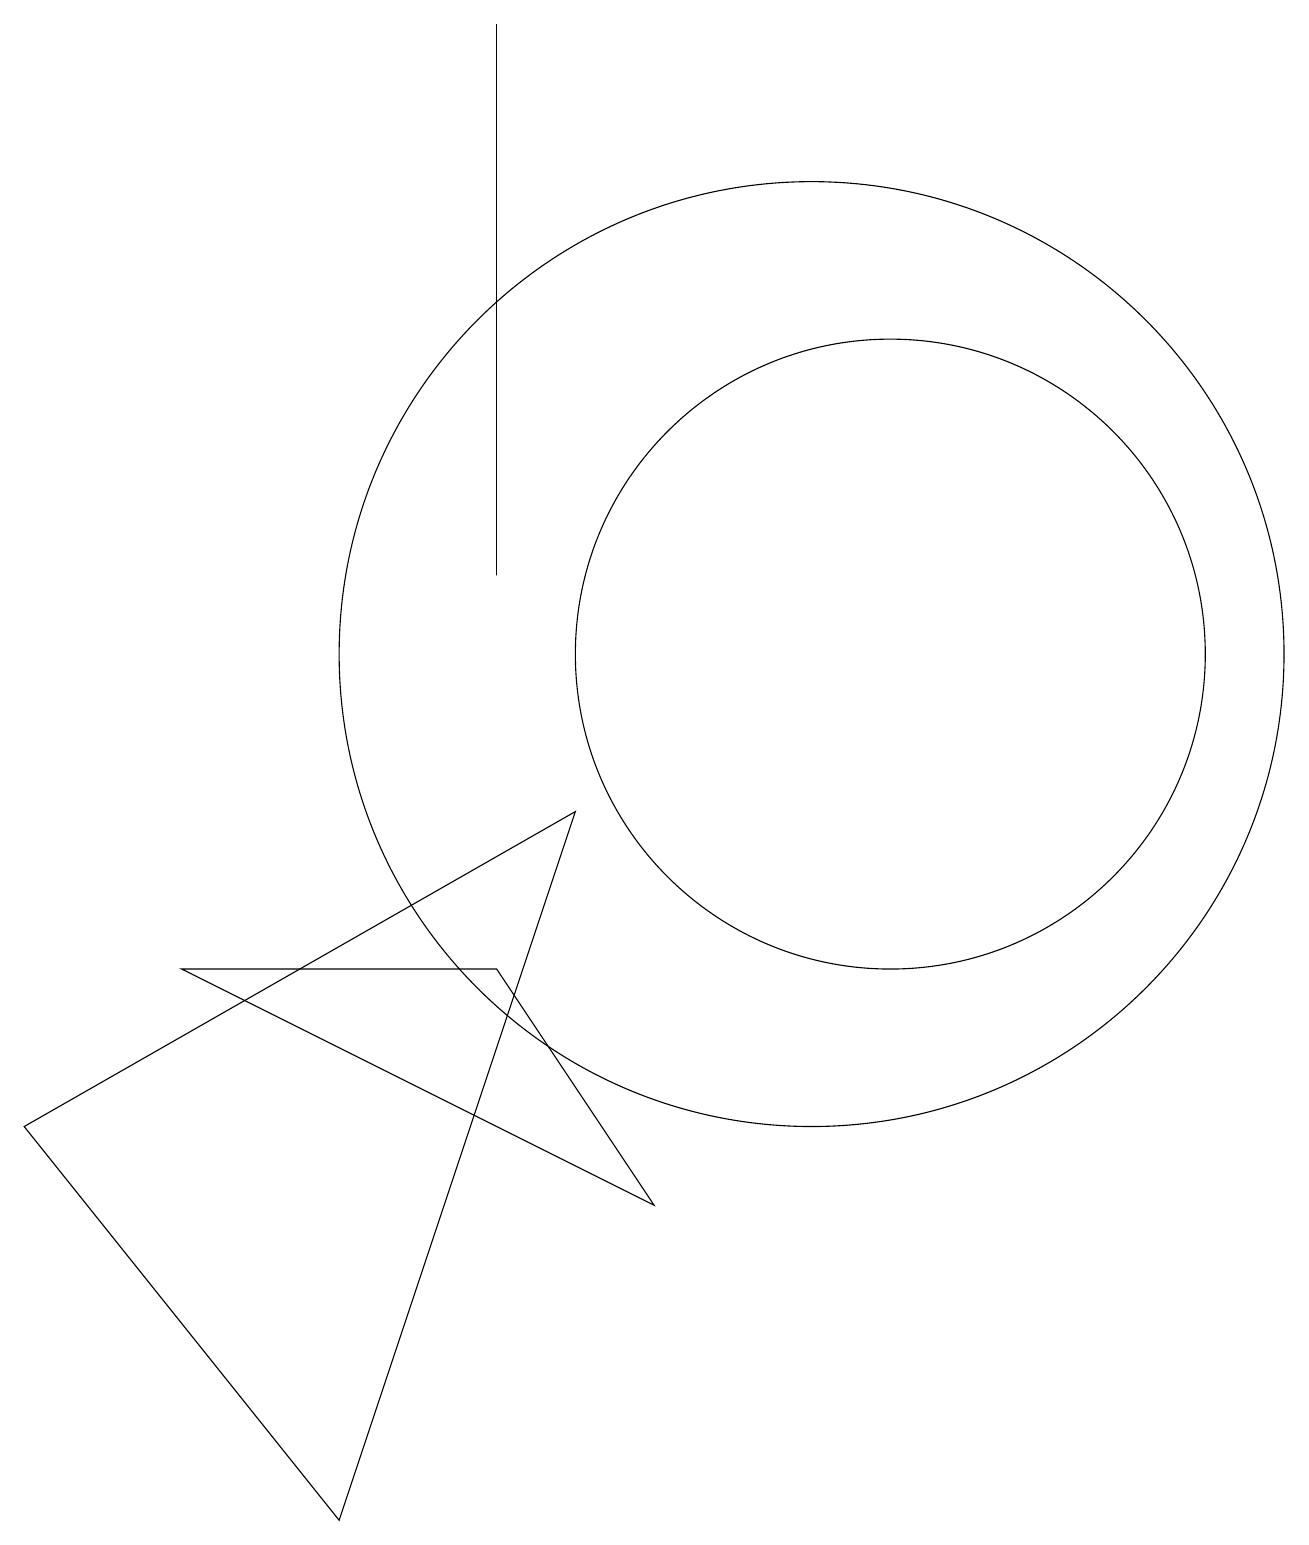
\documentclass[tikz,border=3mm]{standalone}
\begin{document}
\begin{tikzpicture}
\draw (10,11) circle (6);
\draw (6,12) rectangle (6,19);
\draw (4,0) -- (7,9) -- (0,5) -- cycle;
\draw (11,11) circle (4);
\draw (8,4) -- (6,7) -- (2,7) -- cycle;
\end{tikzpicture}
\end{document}